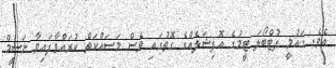
އެވެ. ގައުމީ ފުޓްބޯލަ ޓީމުގެ އޮފިޝަލެއްގެ ގޮތުގައި ވެސް މަސައްކަތް ކުރައްވާފައިވާ ނަސީމް